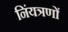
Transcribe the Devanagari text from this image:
निंयत्रणों